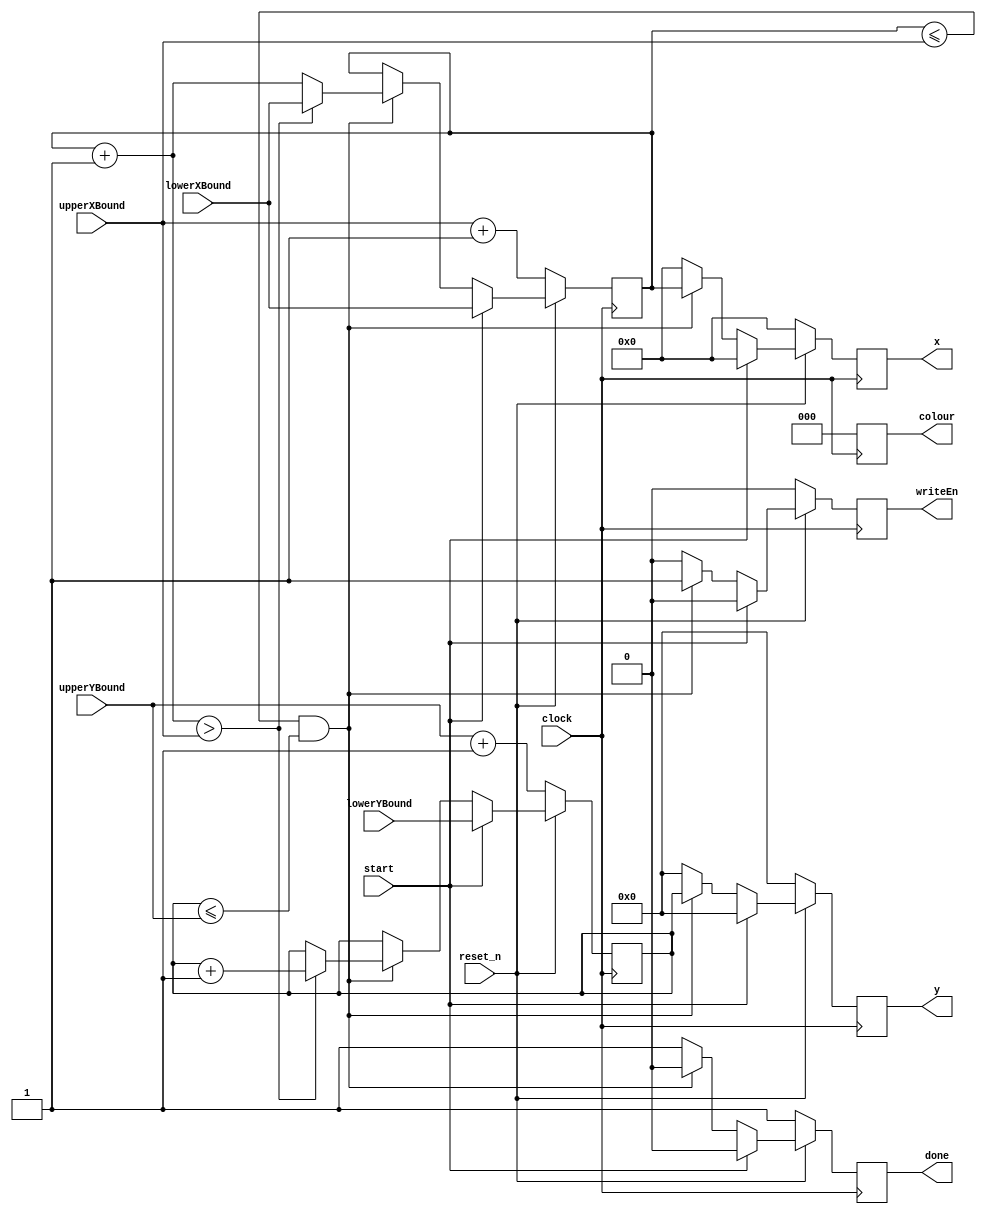


//The screenClearer module.
module screenClearer(input start, 
							input [7:0] lowerXBound, upperXBound,
							input [6:0] lowerYBound, upperYBound,
							input clock, reset_n,
							output reg [7:0] x, output reg [6:0] y, output reg [2:0] colour, output reg writeEn,
							output reg done);
							
	//The iteration counters.
	reg [7:0] xIteration;
	reg [6:0] yIteration;
	
	//The behaviour for the module.
	always@(posedge clock)
	begin
		if (reset_n == 0)
		begin
			xIteration <= upperXBound + 1;
			yIteration <= upperYBound + 1;
			x <= 8'b00000000;
			y <= 7'b0000000;
			colour <= 3'b000;
			writeEn <= 0;
			done <= 1;
		end
		else
		begin
			if (start == 1)
			begin
				xIteration <= lowerXBound;
				yIteration <= lowerYBound;
				x <= 8'b00000000;
				y <= 7'b0000000;
				colour <= 3'b000;
				writeEn <= 0;
				done <= 0;
			end
			else
			begin
				if ( (xIteration <= upperXBound) && (yIteration <= upperYBound) )
				begin
					x = xIteration;
					y = yIteration;
					colour <= 3'b000;
					writeEn <= 1;
					done <= 0;
					xIteration = xIteration + 1;
					if (xIteration > upperXBound)
					begin
						xIteration = lowerXBound;
						yIteration = yIteration + 1;
					end
					else
					begin
						xIteration = xIteration;
						yIteration = yIteration;
					end
				end
				else
				begin
					done <= 1;
					xIteration <= xIteration;
					yIteration <= yIteration;
					x <= 8'b00000000;
					y <= 7'b0000000;
					colour <= 3'b000;
					writeEn <= 0;
				end
			end
		end
	end
endmodule